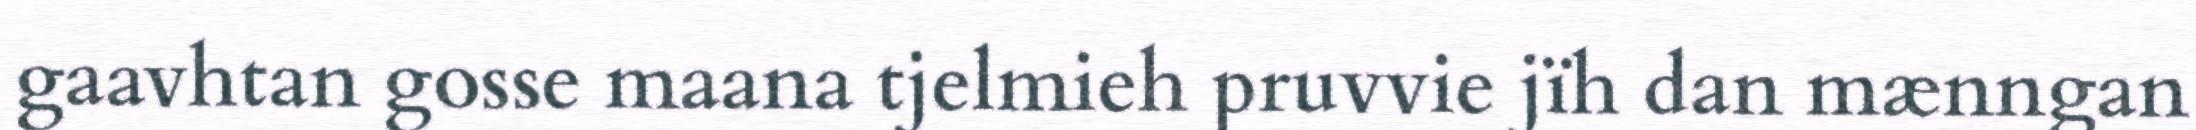
gaavhtan gosse maana tjelmieh pruvvie jïh dan mænngan